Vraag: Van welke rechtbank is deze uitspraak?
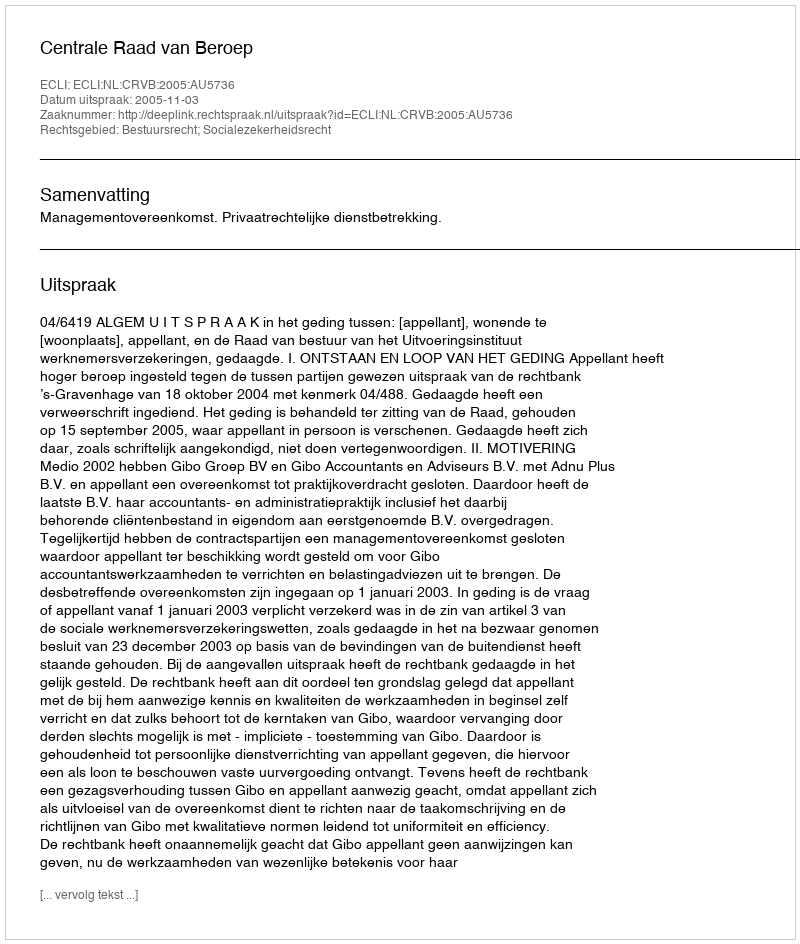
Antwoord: Centrale Raad van Beroep